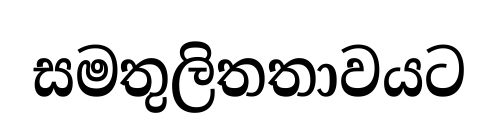
සමතුලිතතාවයට